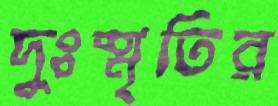
দুঃস্মৃতির